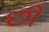
છી